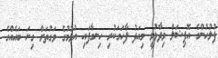
ފުލުުހުންގެ އޮފިޝަލް ވިދާޅުވީ މިއަދު ފާހަގަކުރި ހިނގާފައި އުޅުމުގެ ވަގުތަށް ގިނަ ބައެއްގެ